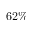
6 2 \%